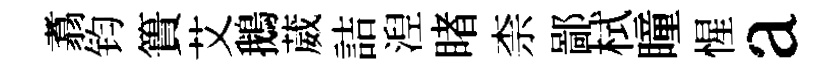
翥钧簣艾鵝葳詰湼睹柰鄙栻瞳惺a